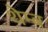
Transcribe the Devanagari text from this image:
थेम्ब